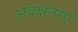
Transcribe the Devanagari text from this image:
अदक्षताएं